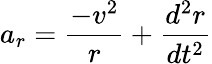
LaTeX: a_{r}={\frac{-v^{2}}{r}}+{\frac{d^{2}r}{dt^{2}}}